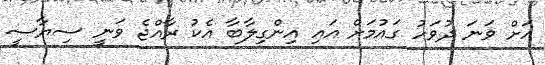
އަށް ވަނަ ދުވަހު ގައުމަށް އައި އިންގިލާބާ އެކު ރާއްޖެ ވަނީ ސިޔާސީ